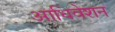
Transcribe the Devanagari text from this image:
आधिवेशन